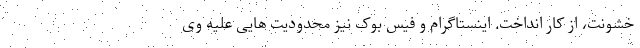
خشونت، از کار انداخت. اینستاگرام و فیس بوک نیز محدودیت هایی علیه وی